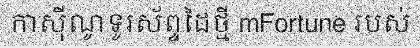
កាស៊ីណូទូរស័ព្ទដៃថ្មី mFortune របស់